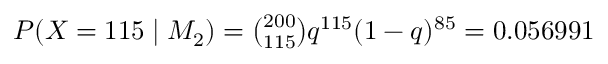
\textstyle P ( X = 1 1 5 \mid M _ { 2 } ) = { { \binom { 2 0 0 } { 1 1 5 } } q ^ { 1 1 5 } ( 1 - q ) ^ { 8 5 } } = 0 . 0 5 6 9 9 1